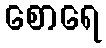
စောရေ